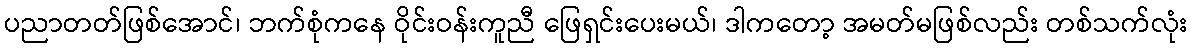
ပညာတတ်ဖြစ်အောင်၊ ဘက်စုံကနေ ဝိုင်းဝန်းကူညီ ဖြေရှင်းပေးမယ်၊ ဒါကတော့ အမတ်မဖြစ်လည်း တစ်သက်လုံး